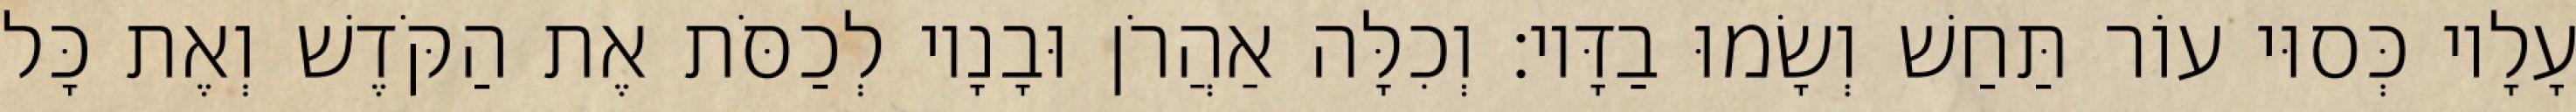
עָלָיו כְּסוּי עוֹר תַּחַשׁ וְשָׂמוּ בַדָּיו׃ וְכִלָּה אַהֲרֹן וּבָנָיו לְכַסֹּת אֶת הַקֹּדֶשׁ וְאֶת כָּל